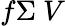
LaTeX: f\Sigma~V